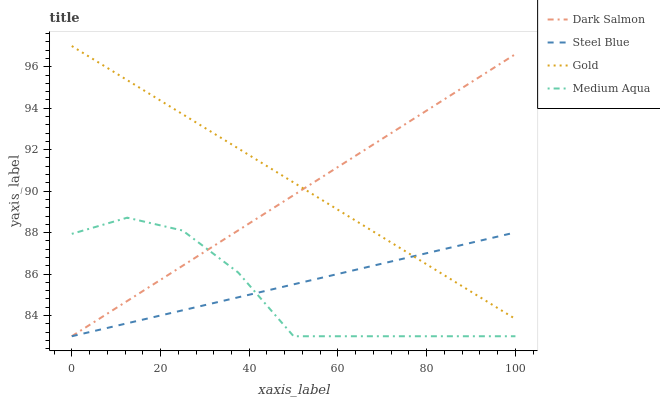
| xaxis_label | Dark Salmon | Steel Blue | Gold | Medium Aqua |
 | --- | --- | --- | --- | --- |
 | 0 | 83 | 83 | 97 | 87.9 |
 | 12.5 | 84.7 | 83.6 | 95.4 | 88.7 |
 | 25 | 86.4 | 84.3 | 93.7 | 88.1 |
 | 37.5 | 88.1 | 84.9 | 92.1 | 86.1 |
 | 50 | 89.8 | 85.5 | 90.4 | 83 |
 | 62.5 | 91.5 | 86.1 | 88.8 | 83 |
 | 75 | 93.2 | 86.8 | 87.1 | 83 |
 | 87.5 | 94.9 | 87.4 | 85.5 | 83 |
 | 100 | 96.6 | 88 | 83.8 | 83 |